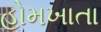
હોમખાતા